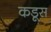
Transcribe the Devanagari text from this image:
कडूस